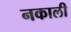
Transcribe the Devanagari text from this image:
नकाली